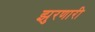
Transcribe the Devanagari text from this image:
झुरणारी